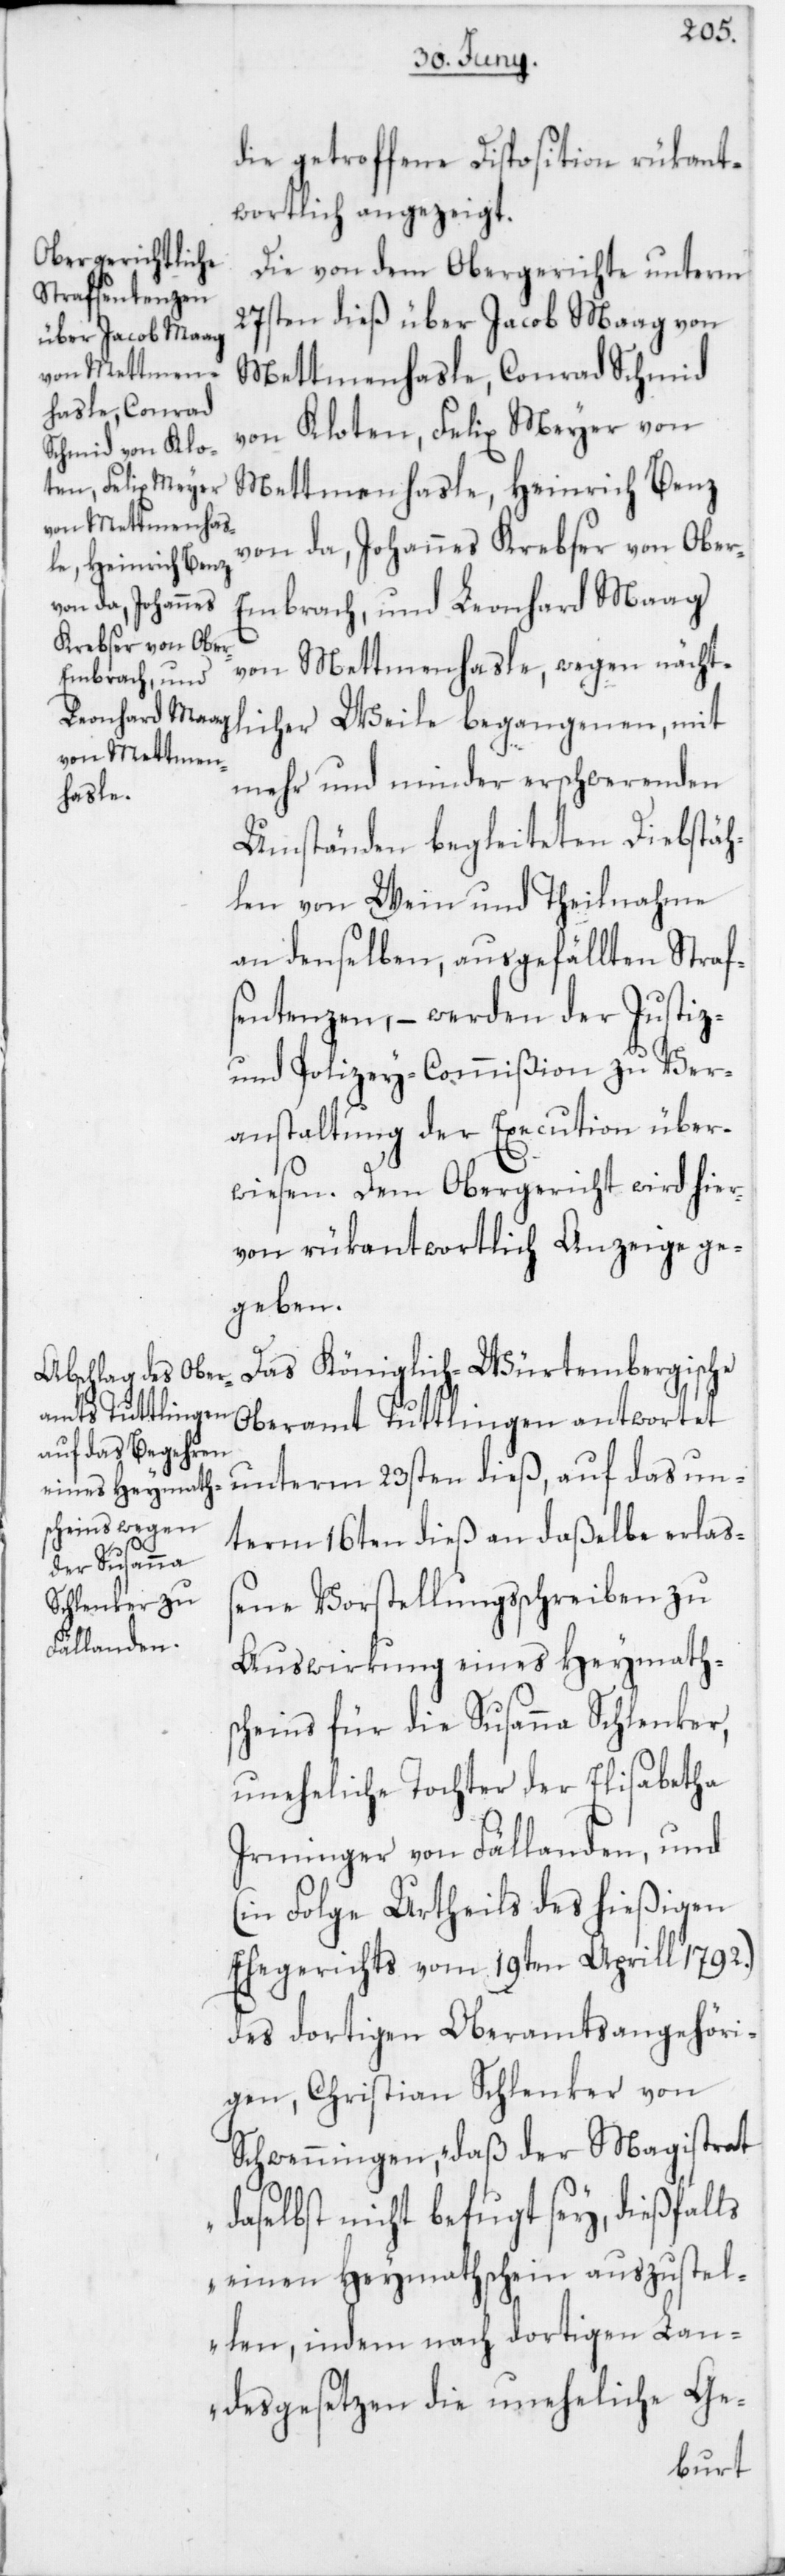
die getroffene Disposition rükant¬
wortlich angezeigt.
Die von dem Obergerichte unterm
27sten dieß über Jacob Maag von
Mettmenhasle, Conrad Schmid
von Kloten, Felix Meyer von
Mettmenhasle, Heinrich Benz
von da, Johannes Krebser von Ober-E¬
mbrach, und Leonhard Maag
von Mettmenhasle, wegen nächt¬
mehr und minder erschwerenden
licher
Umständen begleiteten Diebstäh¬
len von Wein, und Theilnahme
an denselben, ausgefällten Straf¬
sentenzen, – werden der Justiz-
und Polizey-Commißion zu Ver¬
anstaltung der Execution über¬
wiesen. Dem Obergericht wird hier¬
von rükantwortlich Anzeige ge¬
geben.
Das Königlich-Würtembergische
Oberamt Tuttlingen antwortet
unterm 23sten dieß, auf das un¬
term 16ten dieß an daßelbe erlaß¬
ene Vorstellungsschreiben zu
Auswirkung eines Heymath¬
scheins für die Susanna Schlenker,
uneheliche Tochter der Elisabetha
Irminger von Fällanden, und
(in Folge Urtheils des hießigen
Ehegerichts vom 19ten Aprill 1792.)
des dortigen Oberamtsangehöri¬
gen, Christian Schlenker von
Schwenningen, „daß der Magistrat
daselbst nicht befugt sey, dießfalls
einen Heymathschein auszustel¬
len, indem nach dortigen Lan¬
desgesetzen die uneheliche Ge-